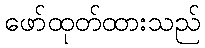
ဖော်ထုတ်ထားသည်